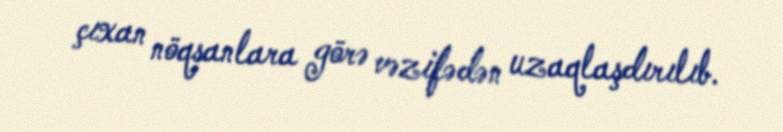
çıxan nöqsanlara görə vəzifədən uzaqlaşdırılıb.